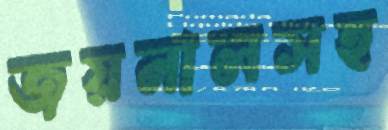
জয়নালসহ